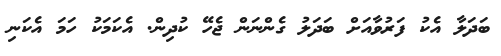
ބަދަލާ އެކު ފަރުވާއަށް ބަދަލު ގެންނަން ޖެހޭ ކުދިން. އެކަމަކު ހަމަ އެކަނި